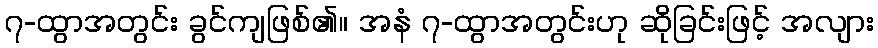
၇-ထွာအတွင်း ခွင်ကျဖြစ်၏။ အနံ ၇-ထွာအတွင်းဟု ဆိုခြင်းဖြင့် အလျား